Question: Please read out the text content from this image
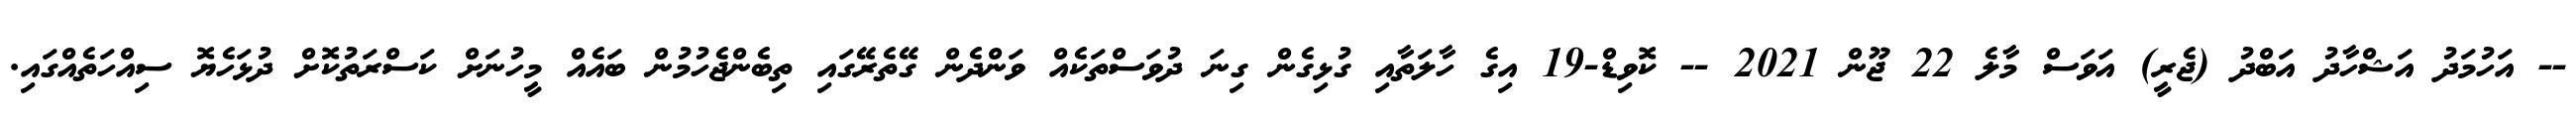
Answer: -- އަހުމަދު އަޝްހާދު އަބްދު (ޖެރީ) އަވަސް މާލެ 22 ޖޫން 2021 -- ކޮވިޑް-19 އިގެ ހާލަތާއި ގުޅިގެން ގިނަ ދުވަސްތަކެއް ވަންދެން ގޭތެރޭގައި ތިބެންޖެހުމުން ބައެއް މީހުނަށް ކަސްރަތުކޮށް ދުޅަހެޔޮ ސިއްހަތެއްގައި.